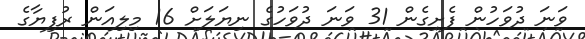
ވަނަ ދުވަހުން ފެށިގެން 31 ވަނަ ދުވަހުގެ ނިޔަލަށް 16 މިލިއަން ރުފިޔާގެ